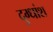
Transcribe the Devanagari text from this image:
दुग्धांश